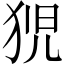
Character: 𭸍